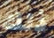
ذلك